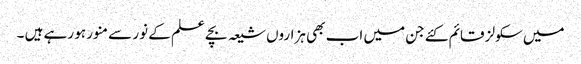
میں سکولز قائم کئے جن میں اب بھی ہزاروں شیعہ بچے علم کے نور سے منور ہو رہے ہیں ۔